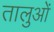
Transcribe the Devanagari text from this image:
तालुओं